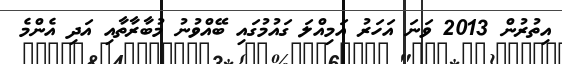
އިތުރުން 2013 ވަނަ އަހަރު އަމިއްލަ ގައުމުގައި ބޭއްވުނު މުބާރާތާއި އަދި އެންމެ